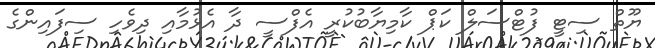
ޔޫތް ސިޓީ ފުޓްސަލް ކަޕް ކާމިޔާބުކުރީ އެފްސީ ދާ އެޅުމާއި ދިވެހި ސިފައިންގެ